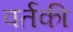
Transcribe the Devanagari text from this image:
वर्तकी